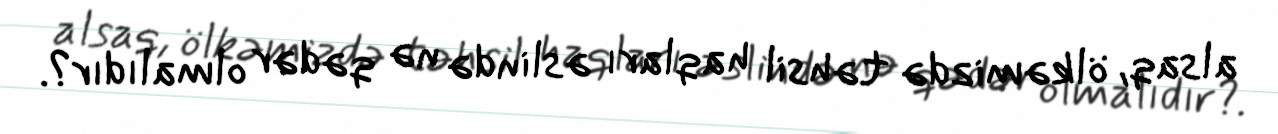
alsaq, ölkəmizdə təhsil haqları əslində nə qədər olmalıdır?.